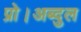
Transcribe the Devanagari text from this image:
प्रो।अब्दुल